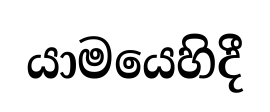
යාමයෙහිදී